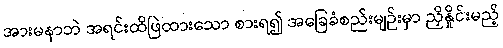
အားမနာဘဲ အရင်းထိဖြဲထားသော စားရ၍ အခြေခံစည်းမျဉ်းမှာ ညှိနှိုင်းမည့်